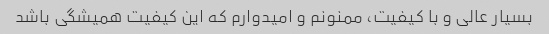
بسیار عالی و با کیفیت، ممنونم و امیدوارم که این کیفیت همیشگی باشد